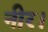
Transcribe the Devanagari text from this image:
नीर।